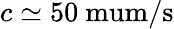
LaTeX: c\simeq 50\mathrm{\ mum/s}